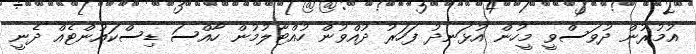
އުމުރުން ދުވަސްވީ މީހުން އުޅަނދު ފަހަރު ދުއްވުން ހުއްޓާލުމުން ހާއްސަ ޑިސްކައުންޓެއް ދެނީ